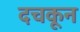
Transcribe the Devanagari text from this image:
दचकून